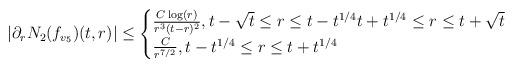
LaTeX: \begin{align*}|\partial_{r}N_{2}(f_{v_{5}})(t,r)| &\leq \begin{cases} \frac{C \log(r)}{r^{3}(t-r)^{2}}, t-\sqrt{t} \leq r \leq t-t^{1/4} t+t^{1/4} \leq r \leq t+\sqrt{t}\\\frac{C}{r^{7/2}}, t-t^{1/4} \leq r \leq t+t^{1/4}\end{cases}\end{align*}